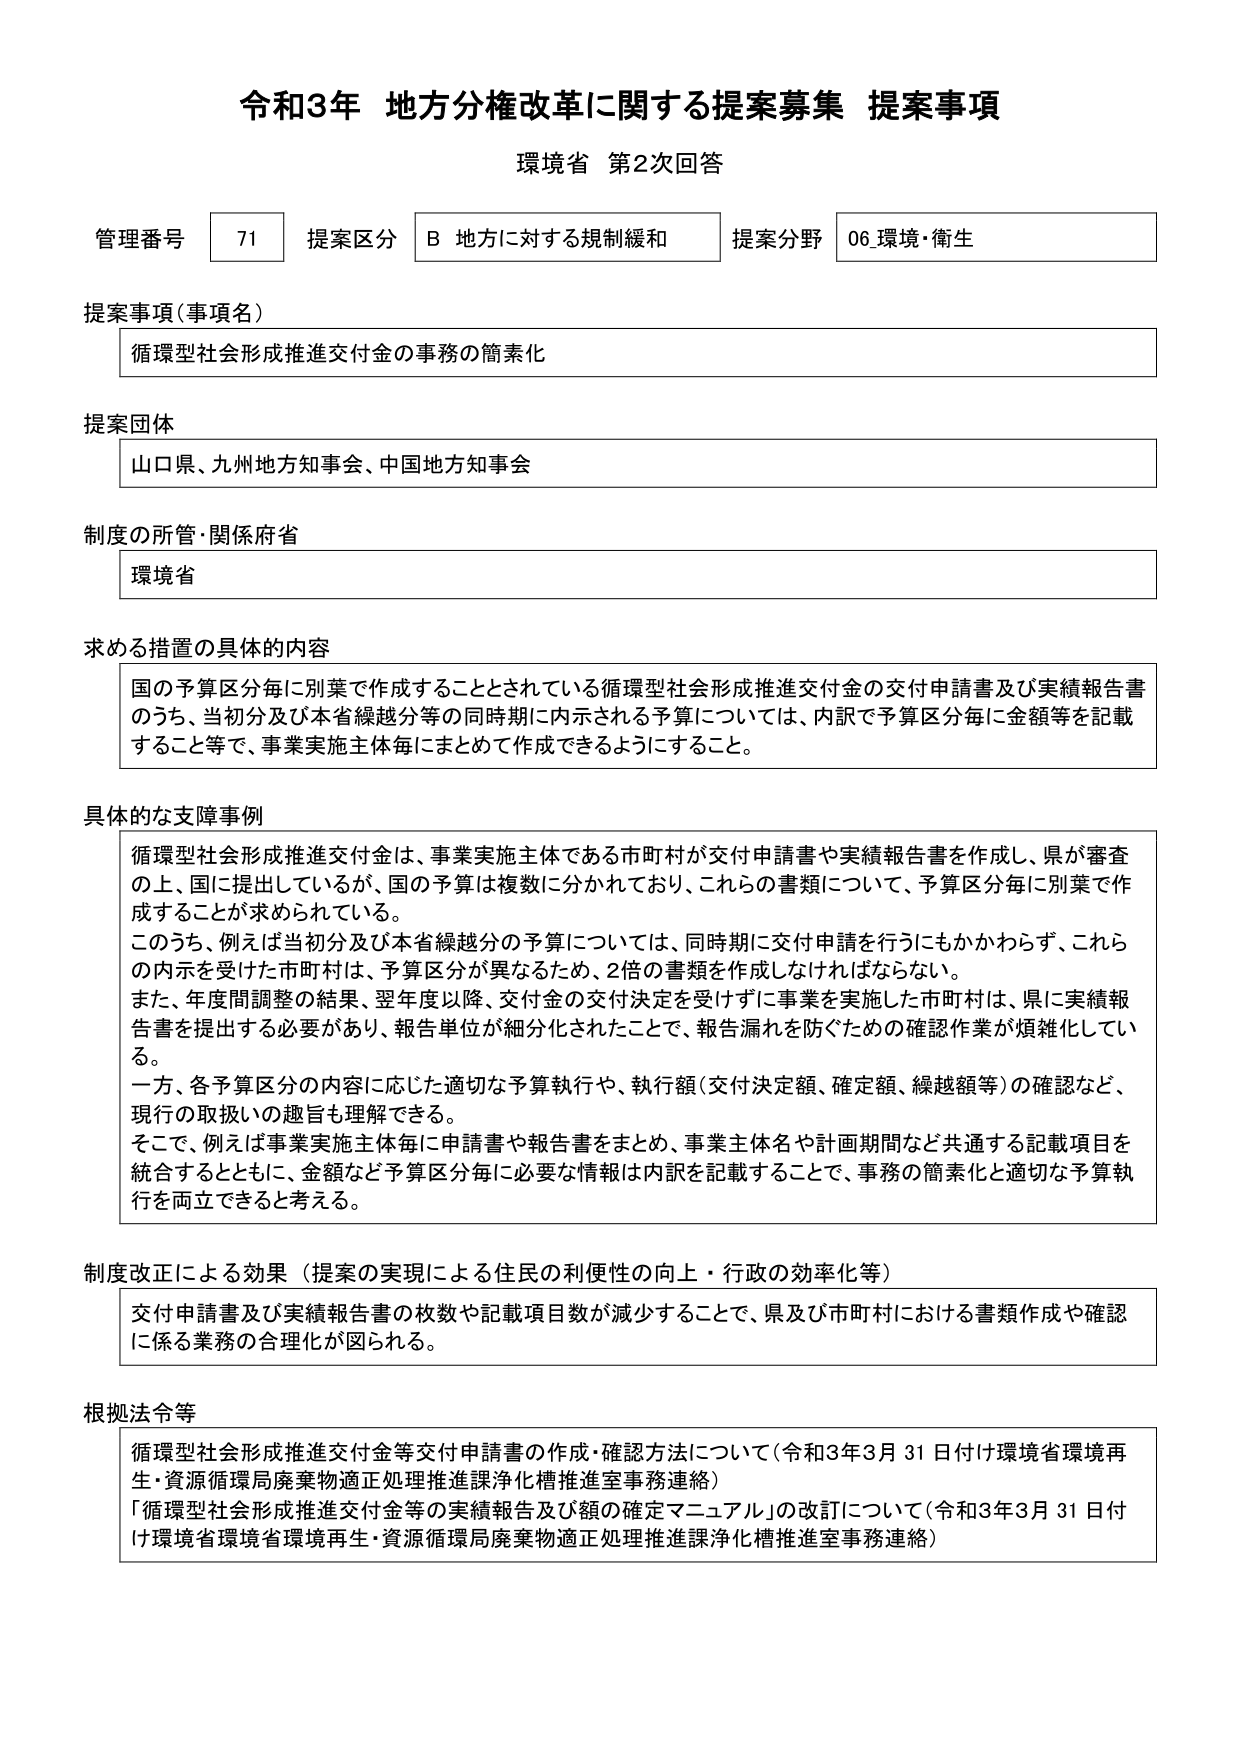
令和3年 地方分権改革に関する提案募集 提案事項
環境省 第2次回答

管理番号 71 提案区分 B 地方に対する規制緩和 提案分野 06_環境・衛生

提案事項（事項名）
循環型社会形成推進交付金の事務の簡素化

提案団体
山口県、九州地方知事会、中国地方知事会

制度の所管・関係府省
環境省

求める措置の具体的内容
国の予算区分毎に別葉で作成することとされている循環型社会形成推進交付金の交付申請書及び実績報告書のうち、当初分及び本省繰越分等の同時期に内示される予算については、内訳で予算区分毎に金額等を記載すること等で、事業実施主体毎にまとめて作成できるようにすること。

具体的な支障事例
循環型社会形成推進交付金は、事業実施主体である市町村が交付申請書や実績報告書を作成し、県が審査の上、国に提出しているが、国の予算は複数に分かれており、これらの書類について、予算区分毎に別葉で作成することが求められている。
このうち、例えば当初分及び本省繰越分の予算については、同時期に交付申請を行うにもかかわらず、これらの内示を受けた市町村は、予算区分が異なるため、2倍の書類を作成しなければならない。
また、年度間調整の結果、翌年度以降、交付金の交付決定を受けずに事業を実施した市町村は、県に実績報告書を提出する必要があり、報告単位が細分化されたことで、報告漏れを防ぐための確認作業が煩雑化している。
一方、各予算区分の内容に応じた適切な予算執行や、執行額（交付決定額、確定額、繰越額等）の確認など、現行の取扱いの趣旨も理解できる。
そこで、例えば事業実施主体毎に申請書や報告書をまとめ、事業主体名や計画期間など共通する記載項目を統合するとともに、金額など予算区分毎に必要な情報を内訳を記載することで、事務の簡素化と適切な予算執行を両立できると考える。

制度改正による効果（提案の実現による住民の利便性の向上・行政の効率化等）
交付申請書及び実績報告書の枚数や記載項目数が減少することで、県及び市町村における書類作成や確認に係る業務の合理化が図られる。

根拠法令等
循環型社会形成推進交付金等交付申請書の作成・確認方法について（令和3年3月31日付け環境省環境再生・資源循環局廃棄物適正処理推進課浄化槽推進室事務連絡）
「循環型社会形成推進交付金等の実績報告及び額の確定マニュアル」の改訂について（令和3年3月31日付け環境省環境省環境再生・資源循環局廃棄物適正処理推進課浄化槽推進室事務連絡）